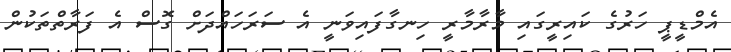
އެމްޑީޕީ ހަރުގެ ކައިރީގައި މާރާމާރީ ހިނގާފައިވަނީ އެ ސަރަހައްދަށް ގޮސް އެ ފަރާތްތަކުން